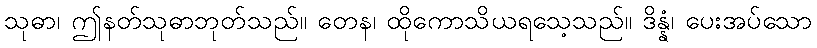
သုဓာ၊ ဤနတ်သုဓာဘုတ်သည်။ တေန၊ ထိုကောသိယရသေ့သည်။ ဒိန္နံ၊ ပေးအပ်သော